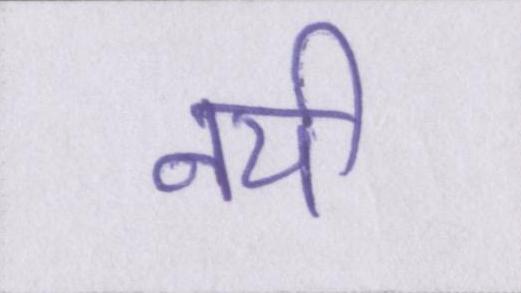
नयी